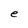
Character: e